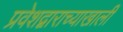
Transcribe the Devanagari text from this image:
प्रवेशद्वाराच्याखाली